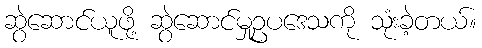
ဆွဲဆောင်ယူဖို့ ဆွဲဆောင်မှုဥပဒေသကို သုံးခဲ့တယ်။